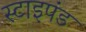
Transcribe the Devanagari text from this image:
स्टाइपंड